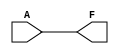
module KMapCombinationalLogic (
    input wire A,     // Single variable input
    output wire F     // Output based on K-map logic
);

// Define the logic function based on the K-map filling.
// Uncomment the desired logic function by defining F accordingly.

// Example 1: Constant zero
// assign F = 1'b0;

// Example 2: Constant one
// assign F = 1'b1;

// Example 3: F = A (Identity function)
assign F = A;

// Example 4: F = NOT A (Inversion)
 // assign F = ~A;

// Example 5: More complex functions can be implemented using AND/OR gates if needed.
// assign F = (A & 1'b0) | (A & 1'b1); // Example for custom logic

endmodule